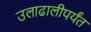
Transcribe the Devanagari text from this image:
उलाढालीपर्यंत